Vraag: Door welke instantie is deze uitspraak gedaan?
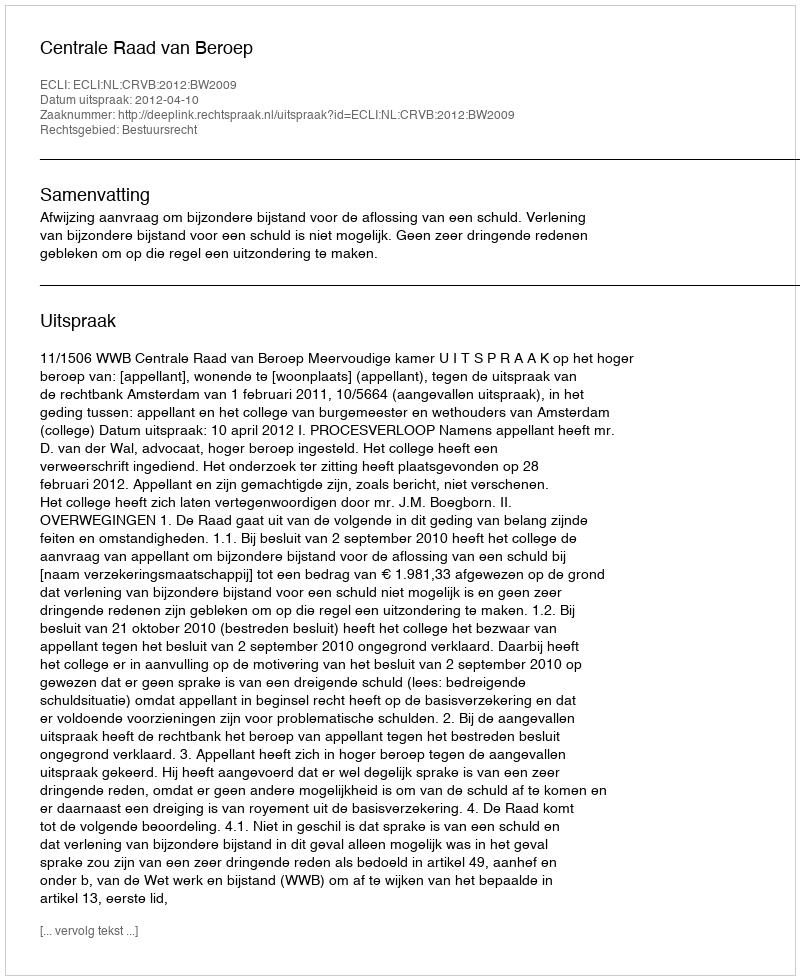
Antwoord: Centrale Raad van Beroep